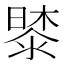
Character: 𭧔